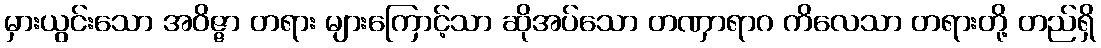
မှားယွင်းသော အဝိဇ္ဇာ တရား များကြောင့်သာ ဆိုအပ်သော တဏှာရာဂ ကိလေသာ တရားတို့ တည်ရှိ